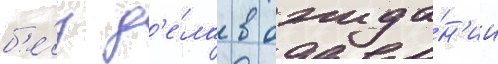
б'е́з д'е́ла в ожида́н'ии